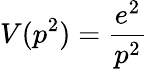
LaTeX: V(p^{2})=\frac{e^{2}}{p^{2}}